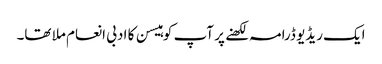
ایک ریڈیو ڈرامہ لکھنے پر آپ کو ہیسن کا ادبی انعام ملا تھا۔